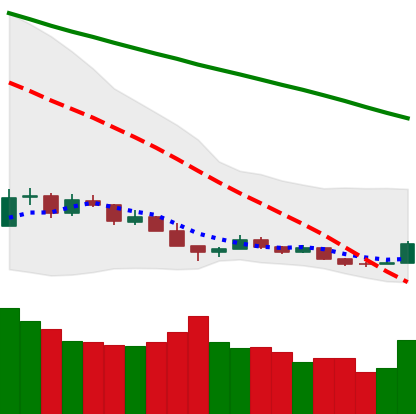
Ticker: BTC-USD
Chart end date: 2018-12-17
Forward return: 13.207%
Label: up_7plus